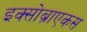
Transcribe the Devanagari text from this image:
इक्सोब्राएकस